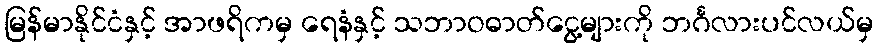
မြန်မာနိုင်ငံနှင့် အာဖရိကမှ ရေနံနှင့် သဘာဝဓာတ်ငွေ့များကို ဘင်္ဂလားပင်လယ်မှ